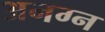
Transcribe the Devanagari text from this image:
अनग्न